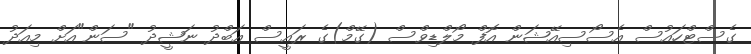
ގެސްޓްހައުސް އެސޯސިއޭޝަން އޮފް މޯލްޑިވްސް (ގޭމް)ގެ ރައީސް އަބްދު ނަޝީދު "ސަން"އަށް މިއަދު